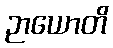
ဉာယောတိ